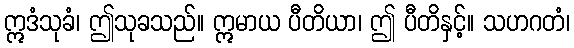
ဣဒံသုခံ၊ ဤသုခသည်။ ဣမာယ ပီတိယာ၊ ဤ ပီတိနှင့်။ သဟဂတံ၊